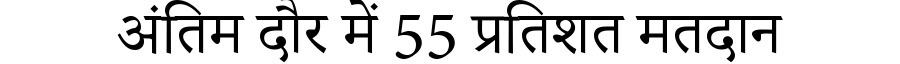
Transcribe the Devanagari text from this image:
अंतिम दौर में 55 प्रतिशत मतदान